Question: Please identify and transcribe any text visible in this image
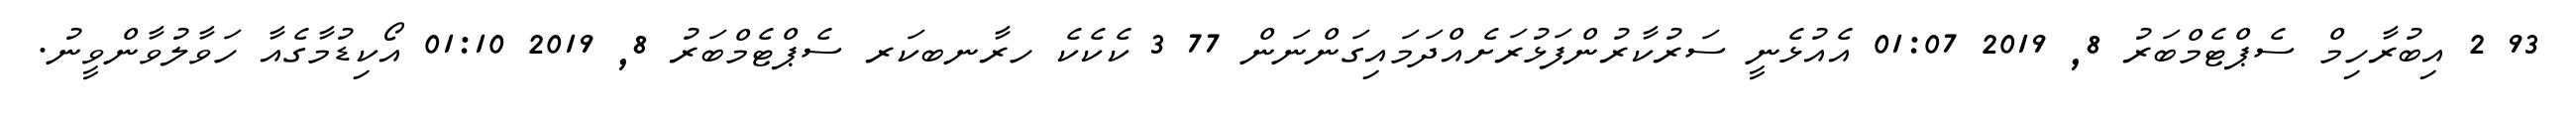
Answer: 93 2 އިބުރާހިމް ސެޕްޓެމްބަރު 8, 2019 01:07 އެއުޅެނީ ސަރުކާރުންފަޅުރަށެއްދަމައިގަންނަން 77 3 ކެކެކެ ހރާނބކަރ ސެޕްޓެމްބަރު 8, 2019 01:10 އޯކިޑުމާގެއާ ހަވާލުވާންވީނު.